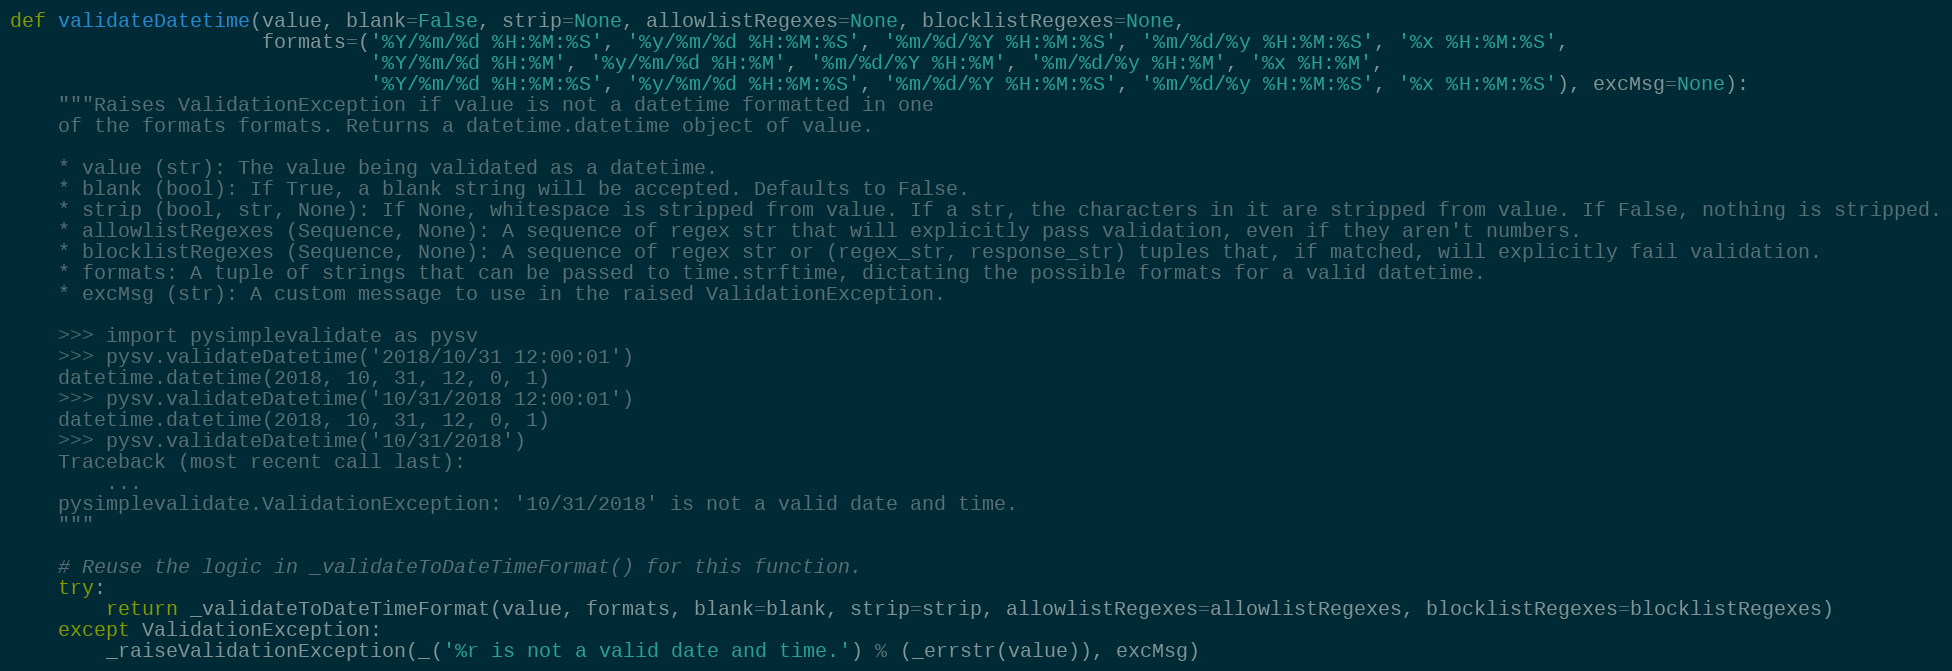
Language: Python
def validateDatetime(value, blank=False, strip=None, allowlistRegexes=None, blocklistRegexes=None,
                     formats=('%Y/%m/%d %H:%M:%S', '%y/%m/%d %H:%M:%S', '%m/%d/%Y %H:%M:%S', '%m/%d/%y %H:%M:%S', '%x %H:%M:%S',
                              '%Y/%m/%d %H:%M', '%y/%m/%d %H:%M', '%m/%d/%Y %H:%M', '%m/%d/%y %H:%M', '%x %H:%M',
                              '%Y/%m/%d %H:%M:%S', '%y/%m/%d %H:%M:%S', '%m/%d/%Y %H:%M:%S', '%m/%d/%y %H:%M:%S', '%x %H:%M:%S'), excMsg=None):
    """Raises ValidationException if value is not a datetime formatted in one
    of the formats formats. Returns a datetime.datetime object of value.

    * value (str): The value being validated as a datetime.
    * blank (bool): If True, a blank string will be accepted. Defaults to False.
    * strip (bool, str, None): If None, whitespace is stripped from value. If a str, the characters in it are stripped from value. If False, nothing is stripped.
    * allowlistRegexes (Sequence, None): A sequence of regex str that will explicitly pass validation, even if they aren't numbers.
    * blocklistRegexes (Sequence, None): A sequence of regex str or (regex_str, response_str) tuples that, if matched, will explicitly fail validation.
    * formats: A tuple of strings that can be passed to time.strftime, dictating the possible formats for a valid datetime.
    * excMsg (str): A custom message to use in the raised ValidationException.

    >>> import pysimplevalidate as pysv
    >>> pysv.validateDatetime('2018/10/31 12:00:01')
    datetime.datetime(2018, 10, 31, 12, 0, 1)
    >>> pysv.validateDatetime('10/31/2018 12:00:01')
    datetime.datetime(2018, 10, 31, 12, 0, 1)
    >>> pysv.validateDatetime('10/31/2018')
    Traceback (most recent call last):
        ...
    pysimplevalidate.ValidationException: '10/31/2018' is not a valid date and time.
    """

    # Reuse the logic in _validateToDateTimeFormat() for this function.
    try:
        return _validateToDateTimeFormat(value, formats, blank=blank, strip=strip, allowlistRegexes=allowlistRegexes, blocklistRegexes=blocklistRegexes)
    except ValidationException:
        _raiseValidationException(_('%r is not a valid date and time.') % (_errstr(value)), excMsg)